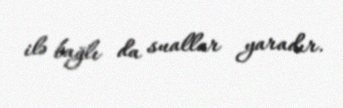
ilə bağlı da suallar yaradır.